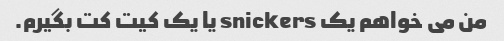
من می خواهم یک snickers یا یک کیت کت بگیرم.